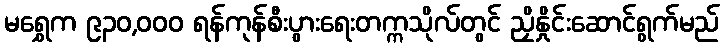
မရွှေက ၉၃၀,ဝဝဝ ရန်ကုန်စီးပွားရေးတက္ကသိုလ်တွင် ညှိနှိုင်းဆောင်ရွက်မည်